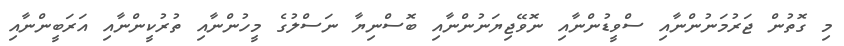
މި ގޮތުން ޖަރުމަނުންނާއި ސްވީޑުންނާއި ނޮވޭޖިޔަނުންނާއި ބޮސްނިޔާ ނަސްލުގެ މީހުންނާާއި ތުރުކީންނާއި އަރަބީންނާއި